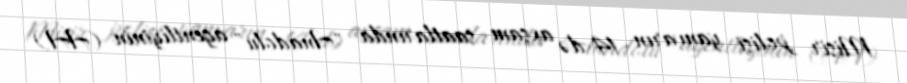
Misir polisi yanvarın 14-də axşam saatlarında "Anadolu" agentliyinin (AA)